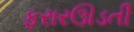
ફરારઊડતી